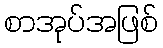
စာအုပ်အဖြစ်